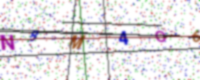
Text: N8M4O6L